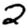
Digit: 2